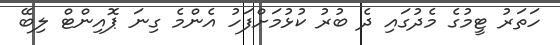
ހަތަރު ޓީމުގެ މެދުގައި ދެ ބުރު ކުޅުމަށްފަހު އެންމެ ގިނަ ޕޮއިންޓް ލިބޭ